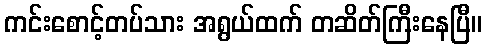
ကင်းစောင့်တပ်သား အရွယ်ထက် တဆိတ်ကြီးနေပြီ။